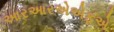
આરઆરએએફએ